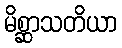
မိစ္ဆာသတိယာ